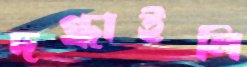
দগ্ধাইলি